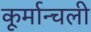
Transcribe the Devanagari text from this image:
कूर्मान्चली